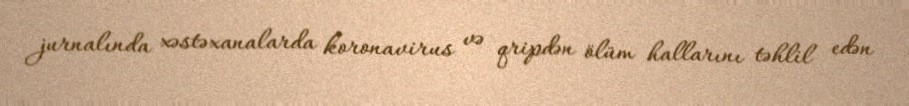
jurnalında xəstəxanalarda koronavirus və qripdən ölüm hallarını təhlil edən